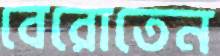
বেরোতেন